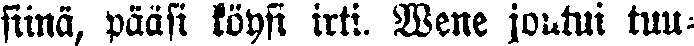
siinä, pääsi köysi irti. Wene joutui tuu-